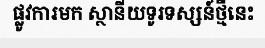
ផ្លូវការមក ស្ថានីយទូរទស្សន៍ថ្មីនេះ